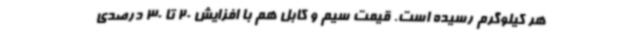
هر کیلوگرم رسیده است. قیمت سیم و کابل هم با افزایش 20 تا 30 درصدی